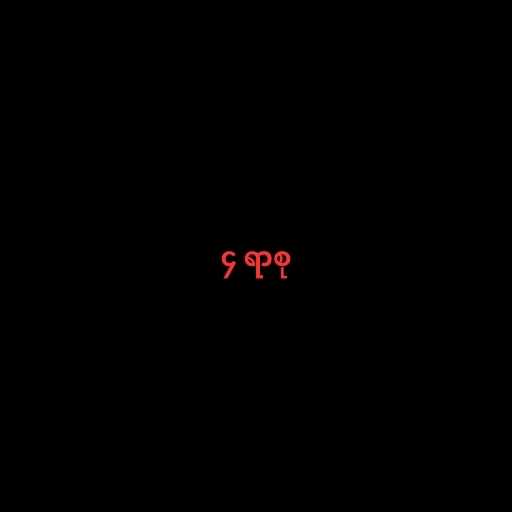
၄ ရာစု